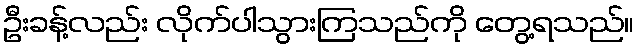
ဦးခန့်လည်း လိုက်ပါသွားကြသည်ကို တွေ့ရသည်။